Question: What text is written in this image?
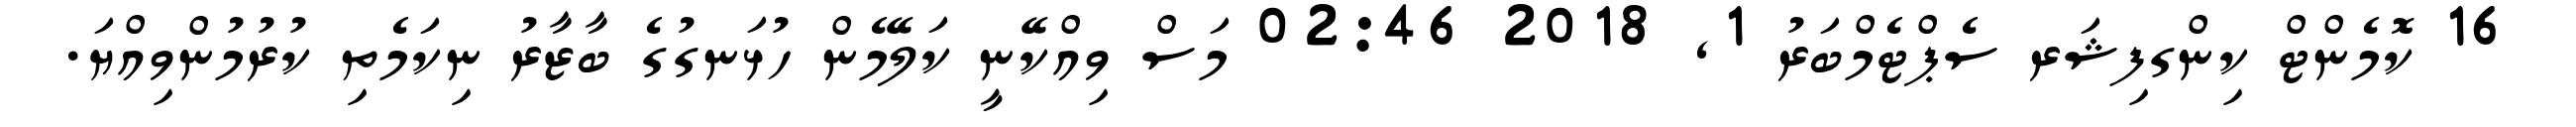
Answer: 16 ކޮމެންޓް ކިންގފިޝަރ ސެޕްޓެމްބަރު 1, 2018 02:46 މަސް ވިއްކޭނީ ކަލޭމެން ހުޅަނގުގެ ބާޒާރު ނިކަމެތި ކުރުމުންވިއްޔަ.